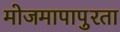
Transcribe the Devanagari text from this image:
मोजमापापुरता